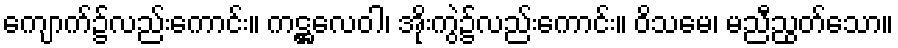
ကျောက်၌လည်းကောင်း။ ကဋ္ဌလေဝါ၊ အိုးကွဲ၌လည်းကောင်း။ ဝိသမေ၊ မညီညွတ်သော။